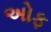
અોફ